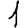
Digit: 1